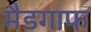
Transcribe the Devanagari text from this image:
मैडगाफ